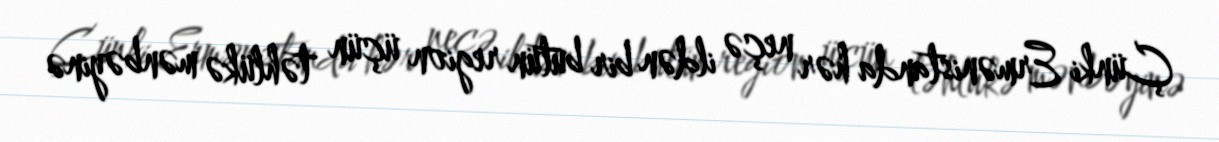
Çünki Ermənistanda hər neçə ildən bir bütün region üçün təhlükə mənbəyinə